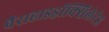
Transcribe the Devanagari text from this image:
पैराहाइड्रॉक्सिलेटेड